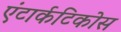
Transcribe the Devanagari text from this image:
एंटार्कटिकोस